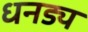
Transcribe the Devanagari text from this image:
धनड्य